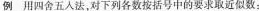
例 用四舍五入法，对下列各数按括号中的要求取近似数：